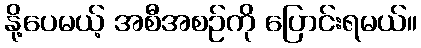
နို့ပေမယ့် အစီအစဉ်ကို ပြောင်းရမယ်။